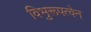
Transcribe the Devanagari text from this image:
विभुरूपत्वेन